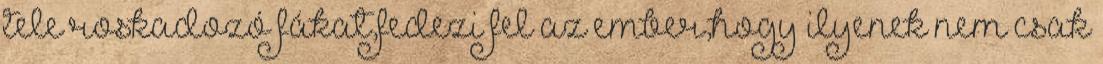
tele roskadozó fákat,fedezi fel az ember,hogy ilyenek nem csak